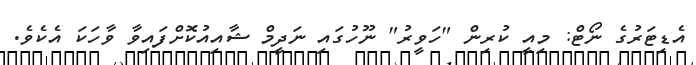
އެޑިޓަރުގެ ނޯޓް: މިއީ ކުރިން "ހަވީރު" ނޫހުގައި ނަދީމް ޝާއިއުކޮށްފައިވާ ވާހަކަ އެކެވެ.